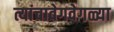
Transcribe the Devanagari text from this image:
त्यांचावेगवेगळ्या